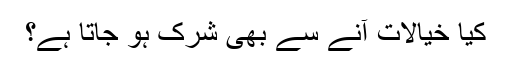
کیا خیالات آنے سے بھی شرک ہو جاتا ہے؟